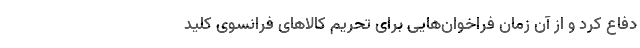
دفاع کرد و از آن زمان فراخوان‌هایی برای تحریم کالاهای فرانسوی کلید